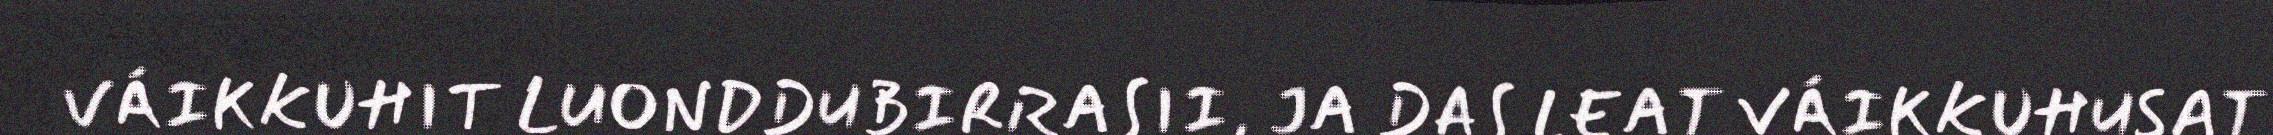
VÁIKKUHIT LUONDDUBIRRASII, JA DAS LEAT VÁIKKUHUSAT